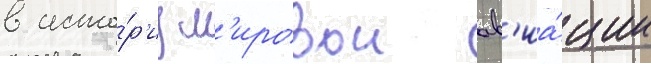
в исто́р'иу м'ировои ав'иа́ции